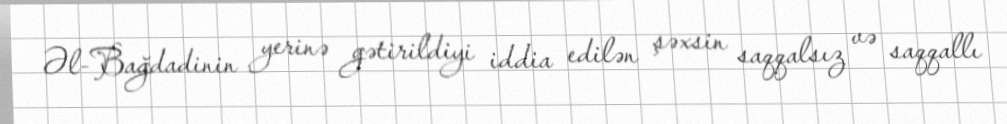
Əl-Bağdadinin yerinə gətirildiyi iddia edilən şəxsin saqqalsız və saqqallı